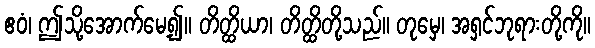
ဧဝံ၊ ဤသို့အောက်မေ့၍။ တိတ္ထိယာ၊ တိတ္ထိတို့သည်။ တုမှေ၊ အရှင်ဘုရားတို့ကို။